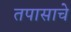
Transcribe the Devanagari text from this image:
तपासाचे